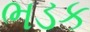
ભડક